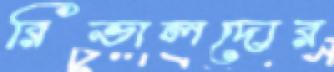
রিভালদোর